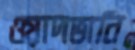
ওয়াদভানি